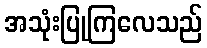
အသုံးပြုကြလေသည်